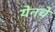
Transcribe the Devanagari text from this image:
येनचे